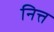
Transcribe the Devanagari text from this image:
नित्त